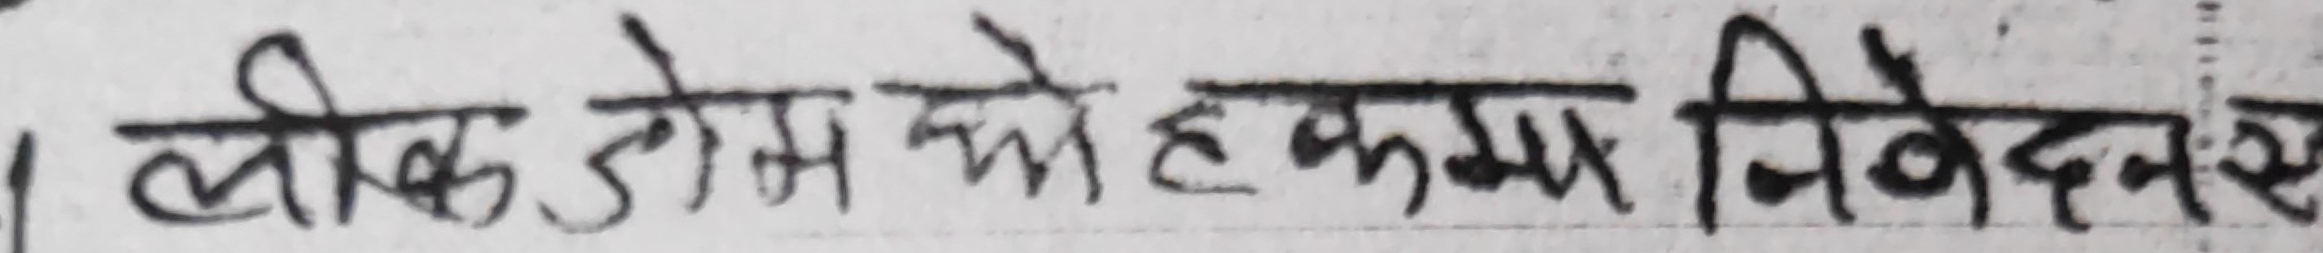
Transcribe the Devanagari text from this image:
लीक जेम् को हकम निवेदन र